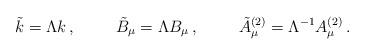
LaTeX: \begin{align*}\tilde k = \Lambda k \, ,\hskip 1truecm\tilde B_\mu =\Lambda B_\mu \, ,\hskip 1truecm\tilde A_\mu^{(2)} = \Lambda^{-1} A_\mu^{(2)} \, .\end{align*}